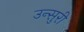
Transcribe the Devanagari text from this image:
उन्सुरी